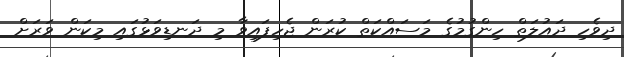
ދިވެހި ދައުލަތް ހިންގުމުގެ މަސައްކަތް ކުރަން ޖެހިފައިވާ މި ދަނޑިވަޅުގައި މިކަން ވަރަށް